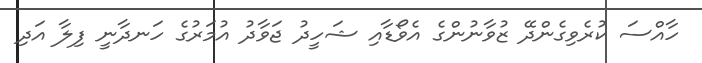
ހާއްސަ ކުރެވިގެންދޭ ޒުވާނުންގެ އެވޯޑާއި ޝަހީދު ޖަވާދު އުމަރުގެ ހަނދާނީ ފިލާ އަދި